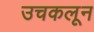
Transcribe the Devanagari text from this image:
उचकलून